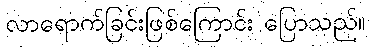
လာရောက်ခြင်းဖြစ်ကြောင်း ပြောသည်။